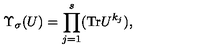
\Upsilon _ { \sigma } ( U ) = \prod _ { j = 1 } ^ { s } ( \mathrm { T r } U ^ { k _ { j } } ) ,